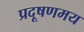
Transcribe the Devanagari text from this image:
प्रदूषणमय